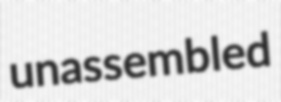
unassembled